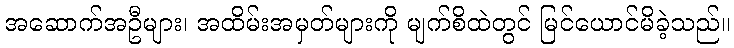
အဆောက်အဦများ၊ အထိမ်းအမှတ်များကို မျက်စိထဲတွင် မြင်ယောင်မိခဲ့သည်။